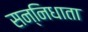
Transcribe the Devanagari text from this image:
सन्निधाता